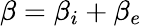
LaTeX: \beta=\beta_{i}+\beta_{e}